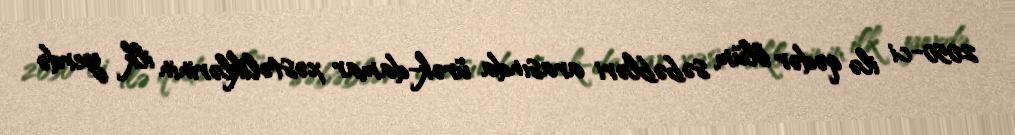
2050-ci ilə qədər ölüm səbəbləri arasında ürək-damar xəstəliklərinin ilk yerdə